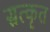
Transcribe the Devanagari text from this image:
सत्कृत